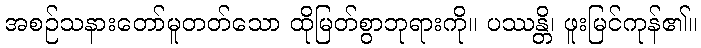
အစဉ်သနားတော်မူတတ်သော ထိုမြတ်စွာဘုရားကို။ ပဿန္တိ၊ ဖူးမြင်ကုန်၏။